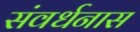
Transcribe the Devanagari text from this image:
संवर्धनास